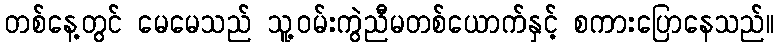
တစ်နေ့တွင် မေမေသည် သူ့ဝမ်းကွဲညီမတစ်ယောက်နှင့် စကားပြောနေသည်။